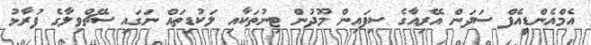
އެމްއެންޑީއެފް ސަދަން އޭރިއާގެ ސިފައިން މޫދުން ޓިނުތަކާއި ލަކުޑިތައް ނަގައި ސޭޗްވިލާގެ ފުރާޅު